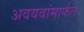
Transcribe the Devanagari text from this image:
अवयवांमार्फत